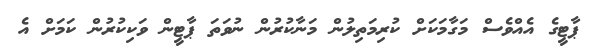
ޕާޓީގެ އެއްވެސް މަގާމަކަށް ކުރިމަތިލުން މަނާކުރުން ނުވަތަ ޕާޓީން ވަކިކުރުން ކަމަށް އެ